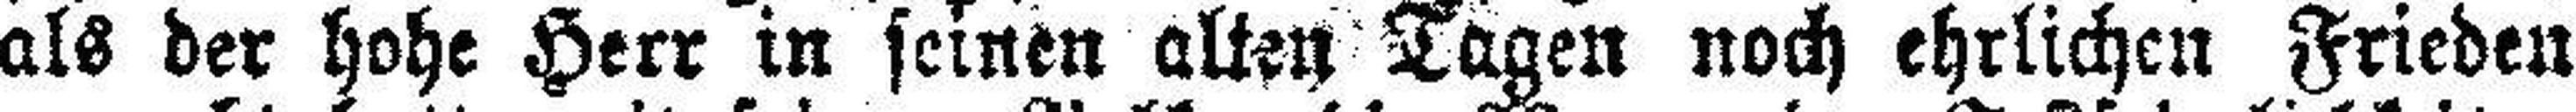
als der hohe Herr in seinen alten Tagen noch ehrlichen Frieden